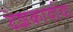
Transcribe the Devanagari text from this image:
देशकार्याचा